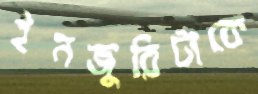
ইনজুরিটাকে